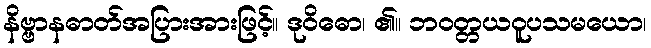
နိဗ္ဗာနဓာတ်အပြားအားဖြင့်။ ဒုဝိဓော၊ ၏။ ဘဝတ္တယဝူပသမယော၊